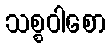
သစ္စဝါစော